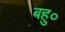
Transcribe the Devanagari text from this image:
बहु०